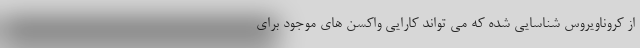
از کروناویروس شناسایی شده که می تواند کارایی واکسن های موجود برای